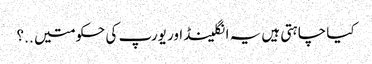
کیا چاہتی ہیں یہ انگلینڈ اور یورپ کی حکومتیں ..؟